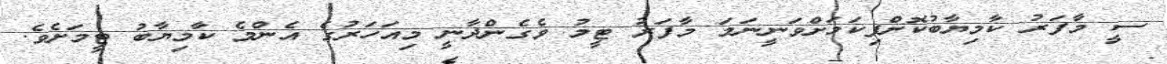
ސީ މާފަރު ކާމިޔާބުކޮށްފިކަމަށްވަނީނަމަ މާފަރު ޓީމު ވެގެންދާނީ މިއަހަރުގެ އެންމެ ކާމިޔާބު ޓީމަށެވެ.